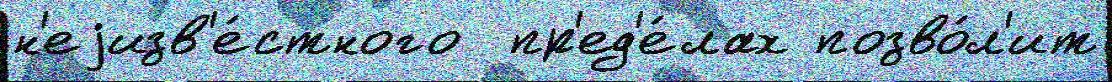
н'еjизв'е́стного  пр'ед'е́лах позво́л'ит